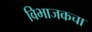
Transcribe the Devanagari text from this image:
विभाजकचा